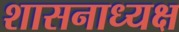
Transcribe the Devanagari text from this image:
शासनाध्‍यक्ष